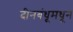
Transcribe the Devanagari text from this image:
दीनबंधूमधून